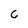
Character: 6